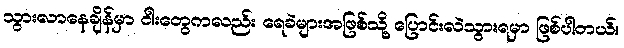
သွားလာနေချိန်မှာ ငါးတွေကလည်း ရေခဲများအဖြစ်သို့ ပြောင်းလဲသွားရမှာ ဖြစ်ပါတယ်။